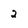
Character: 2